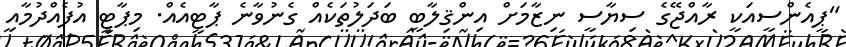
"ޕީއެންސީއަކީ ރާއްޖޭގެ ސިޔާސީ ނިޒާމަށް އިންޤިލާބީ ބަދަލުތަކެއް ގެނުވާނެ ޕާޓީއެއް. މިޕާޓީ އުފެއްދުމާއި